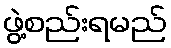
ဖွဲ့စည်းရမည်